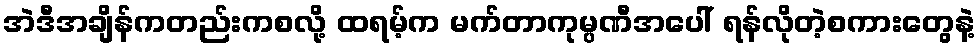
အဲဒီအချိန်ကတည်းကစလို့ ထရမ့်က မက်တာကုမ္ပဏီအပေါ် ရန်လိုတဲ့စကားတွေနဲ့